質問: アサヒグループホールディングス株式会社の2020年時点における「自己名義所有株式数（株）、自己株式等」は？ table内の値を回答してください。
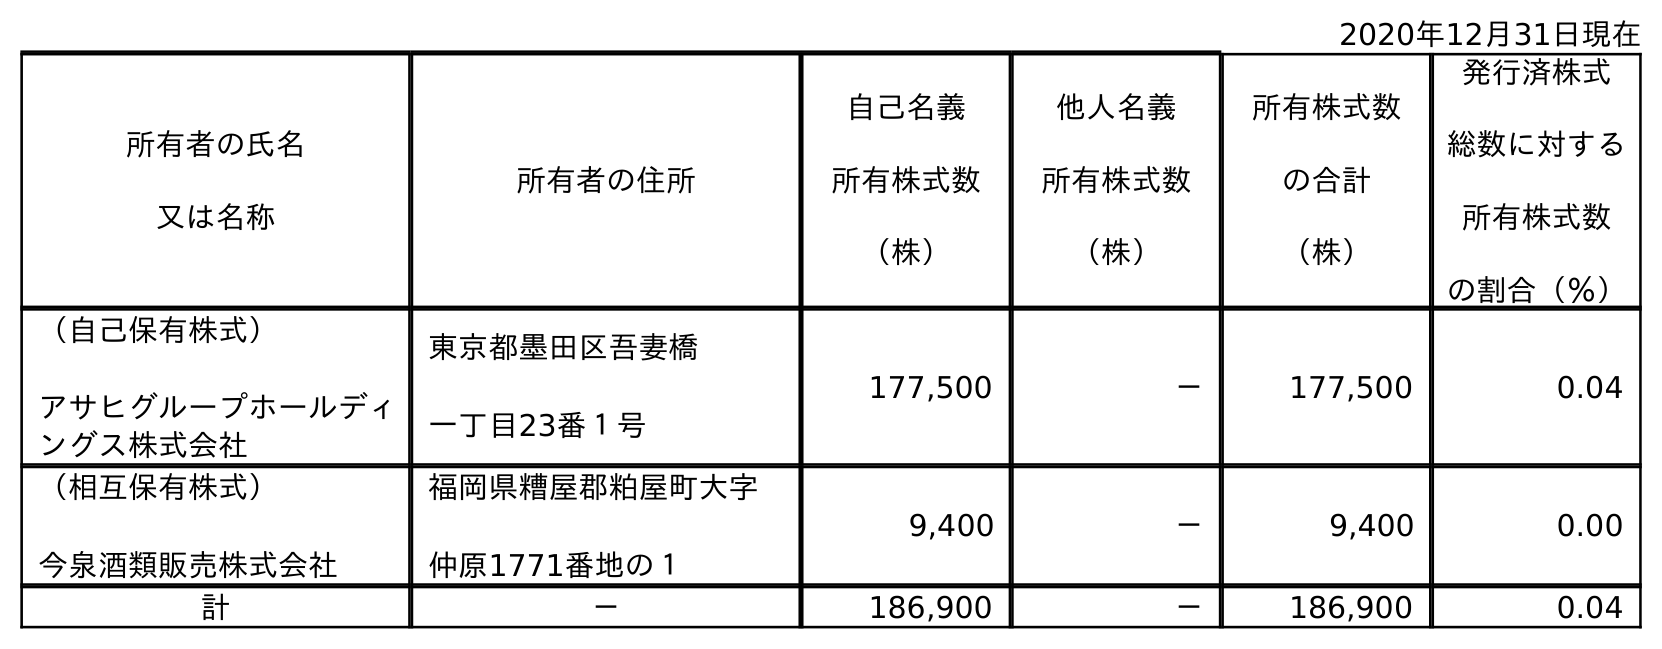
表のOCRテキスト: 2020年12月31日現在 所有者の氏名 又は名称 所有者の住所 自己名義 所有株式数 （株） 他人名義 所有株式数 （株） 所有株式数 の合計 （株） 発行済株式 総数に対する 所有株式数 の割合（％） （自己保有株式） アサヒグループホールディ ングス株式会社 東京都墨田区吾妻橋 一丁目23番１号 177,500 － 177,500 0.04 （相互保有株式） 今泉酒類販売株式会社 福岡県糟屋郡粕屋町大字 仲原1771番地の１ 9,400 － 9,400 0.00 計 － 186,900 － 186,900 0.04
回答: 186,900